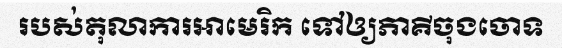
របស់តុលាការអាមេរិក ទៅឲ្យភាគីចុងចោទ